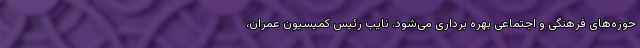
حوزه‌های فرهنگی و اجتماعی بهره برداری می‌شود. نایب رئیس کمیسیون عمران،